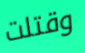
وقتلت